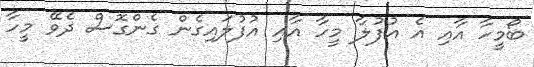
ބޯމީހާ އާއި އެ އުފުލާ މީހާ އާއި އުފުލައިގެން ގެންގޮސް ދެވޭ މީހާ